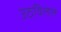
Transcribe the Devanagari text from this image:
उठविलेले